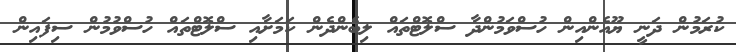
ކުރަމުން ދަނީ ޔޫއެންއިން ހުސްވަމުންދާ ސްލޮޓްތައް ލިބެންދެން ކަމަށާއި ސްލޮޓްތައް ހުސްވުމުން ސިފައިން